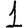
Digit: 1